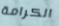
الكرامة